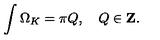
\int \Omega _ { K } = \pi Q , \quad Q \in { \bf Z } .